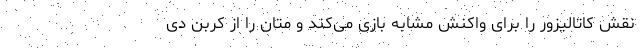
نقش کاتالیزور را برای واکنش مشابه بازی می‌کند و متان را از کربن دی